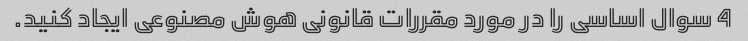
4 سوال اساسی را در مورد مقررات قانونی هوش مصنوعی ایجاد کنید.